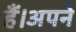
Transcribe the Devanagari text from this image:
हैं।अपने